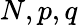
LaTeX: N,p,q